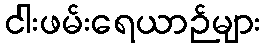
ငါးဖမ်းရေယာဉ်များ